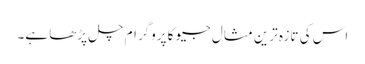
اس کی تازہ ترین مثال جیو کا پروگرام چل پڑھا ہے۔